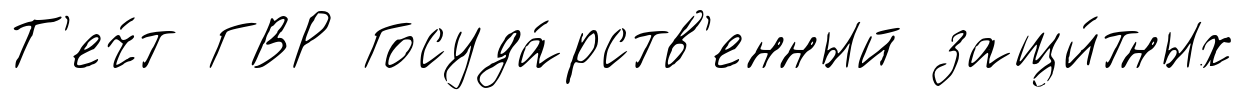
Т'еч́т ГВР Госуда́рств'енный защи́тных